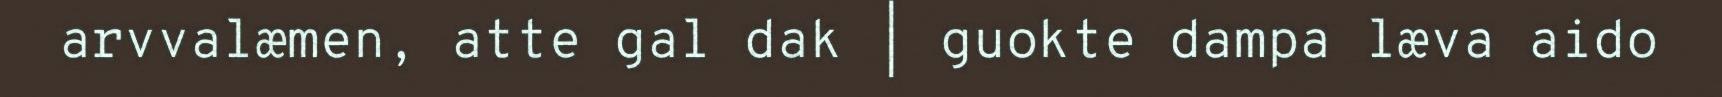
arvvalæmen, atte gal dak | guokte dampa læva aido